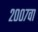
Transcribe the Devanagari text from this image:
२००७वा